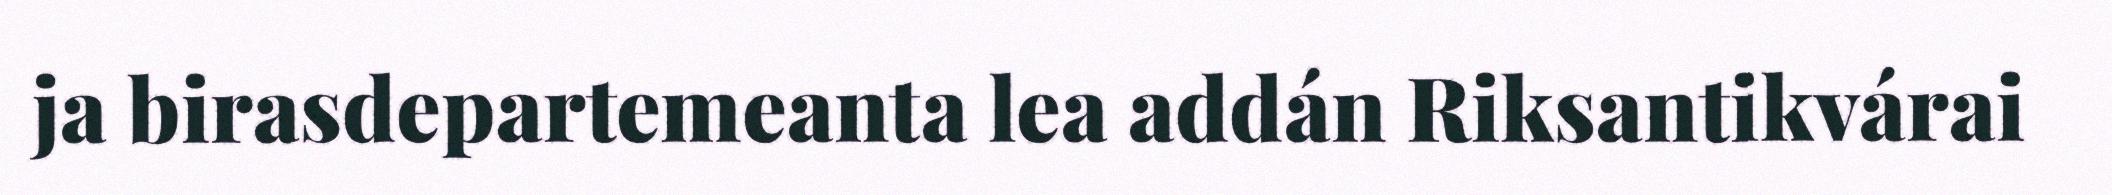
ja birasdepartemeanta lea addán Riksantikvárai